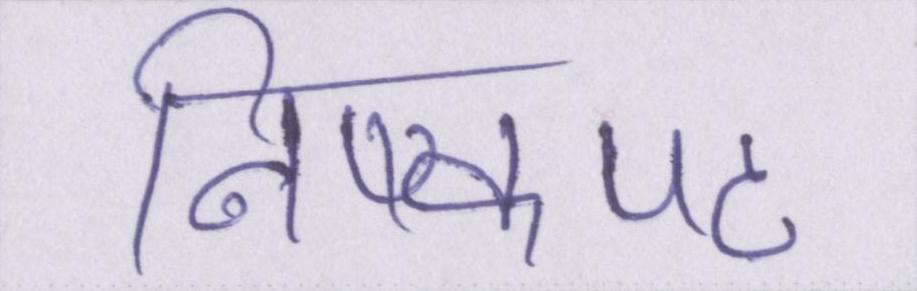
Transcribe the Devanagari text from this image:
निष्कपट